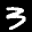
Label: 3